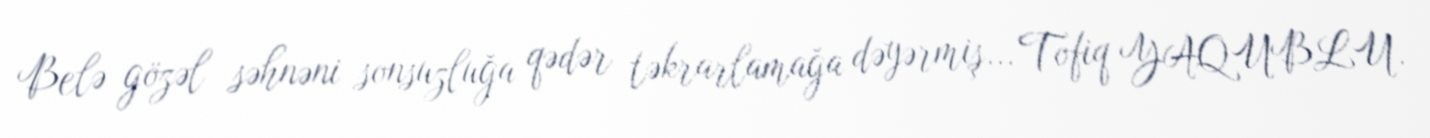
Belə gözəl səhnəni sonsuzluğa qədər təkrarlamağa dəyərmiş... Tofiq YAQUBLU.